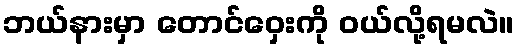
ဘယ်နားမှာ တောင်ဝှေးကို ဝယ်လို့ရမလဲ။